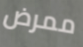
ممرض